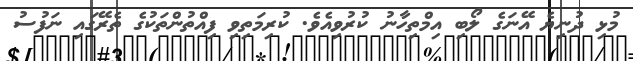
މުޅި ދުނިޔެ އޭނަގެ ލޯބި އިމްތިހާނު ކުރުވިއެވެ. ކުރިމަތިވި ފިއްތުންތަކުގެ ތެރޭގައި ނަފުސު